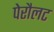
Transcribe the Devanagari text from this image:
पेरौलट